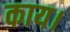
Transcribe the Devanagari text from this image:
काय।